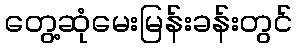
တွေ့ဆုံမေးမြန်းခန်းတွင်